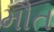
મૌત